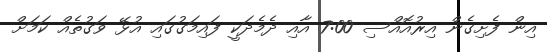
އިން ފެށިގެން އިރުއޮއްސި 7:00 އާއި ދެމެދަކީ ފައިމަގުގައި އުޅޭ ވަގުތެއް ކަމަށް